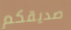
صديقكم